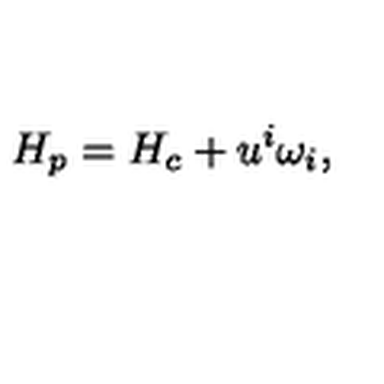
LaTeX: H _ { p } = H _ { c } + u ^ { i } \omega _ { i } ,